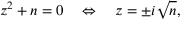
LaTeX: z ^ { 2 } + n = 0 \quad \Leftrightarrow \quad z = \pm i { \sqrt { n } } ,